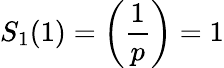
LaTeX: S_{1}(1)=\left({\frac{1}{p}}\right)=1